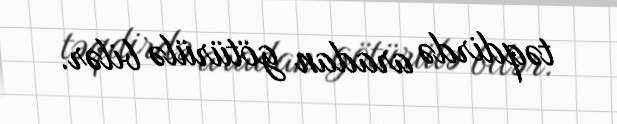
təqdirdə aradan götürülə bilər.